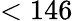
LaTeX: <146